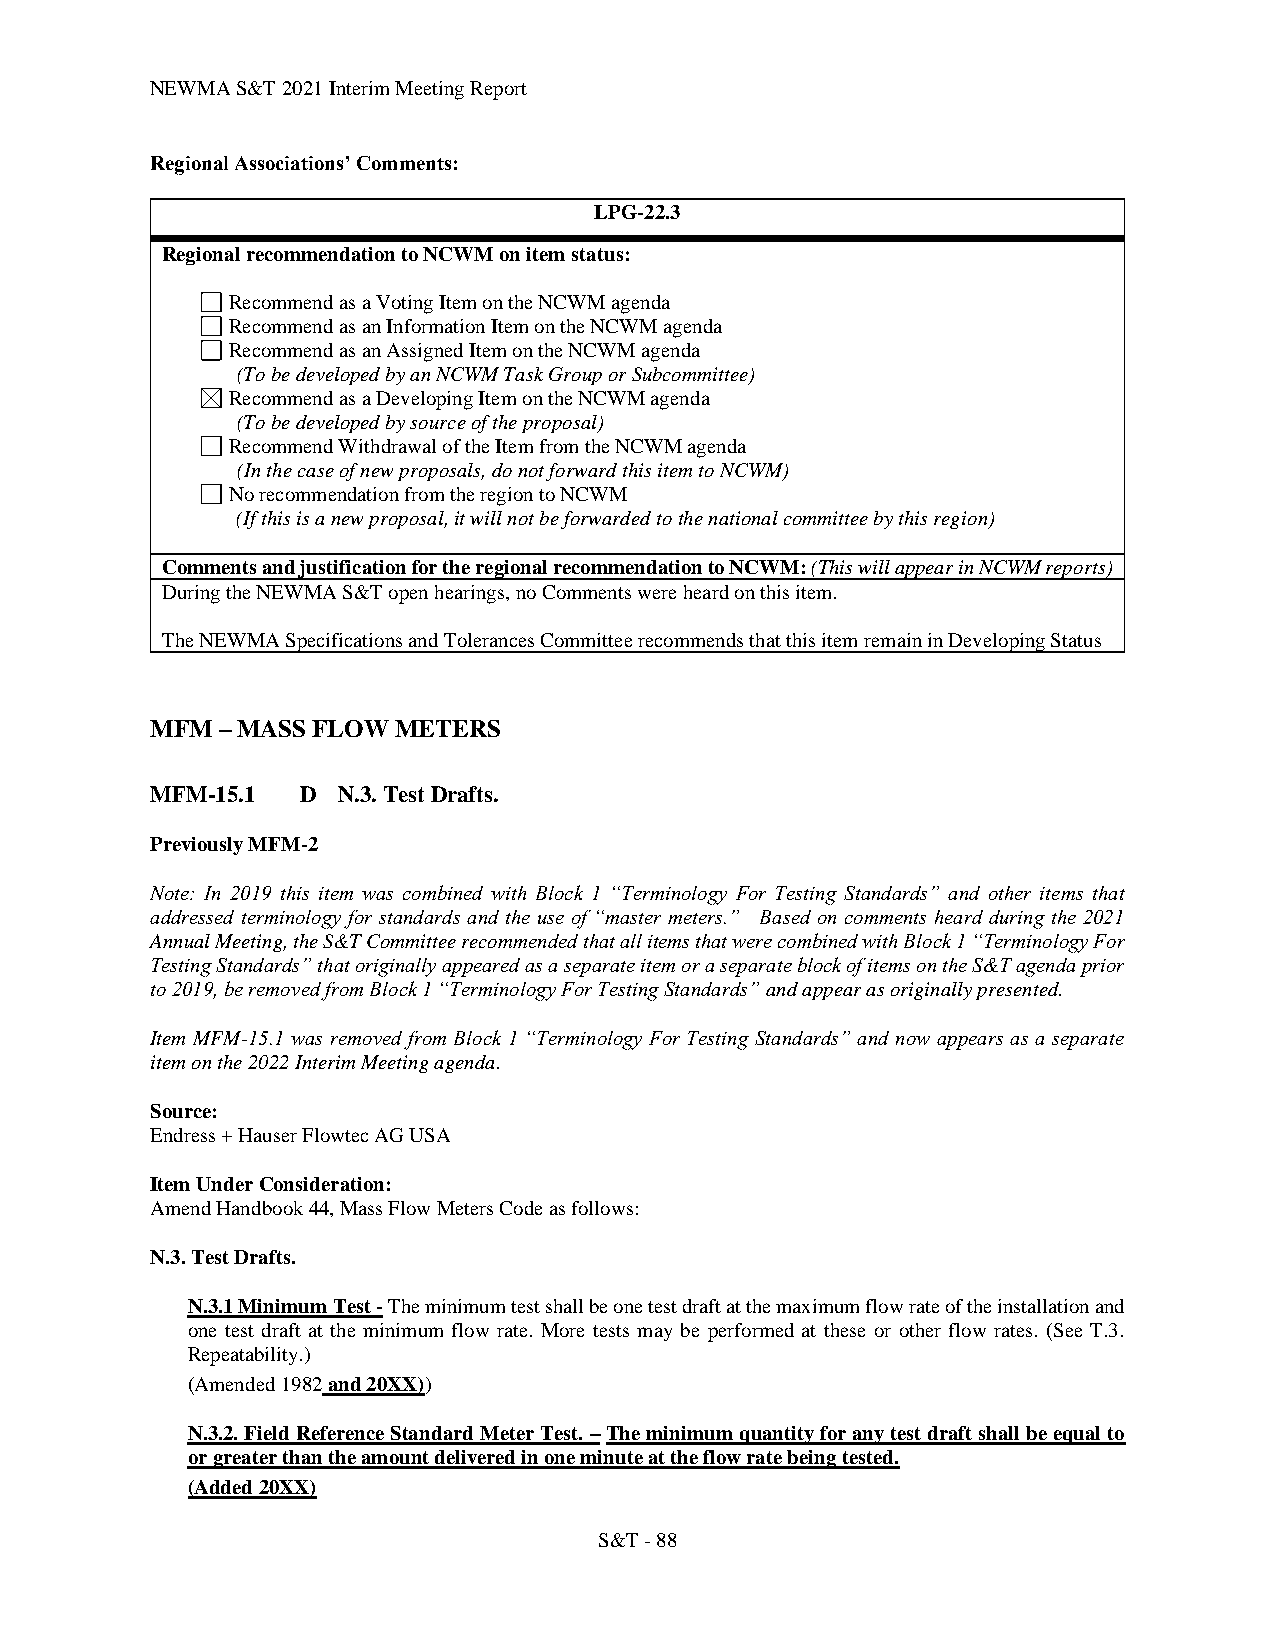
NEWMA S&T 2021 Interim Meeting Report
 Regional Associations’ Comments:
 LPG-22.3
 Regional recommendation to NCWM on item status:
 Recommend as a Voting Item on the NCWM agenda
 Recommend as an Information Item on the NCWM agenda
 Recommend as an Assigned Item on the NCWM agenda
 (To be developed by an NCWM Task Group or Subcommittee)
 Recommend as a Developing Item on the NCWM agenda
 (To be developed by source of the proposal)
 Recommend Withdrawal of the Item from the NCWM agenda
 (In the case of new proposals, do not forward this item to NCWM)
 No recommendation from the region to NCWM
 (If this is a new proposal, it will not be forwarded to the national committee by this region)
 Comments and justification for the regional recommendation to NCWM: (This will appear in NCWM reports)
 During the NEWMA S&T open hearings, no Comments were heard on this item.
 The NEWMA Specifications and Tolerances Committee recommends that this item remain in Developing Status
 MFM – MASS FLOW METERS
 MFM-15.1  D N.3. Test Drafts.
 Previously MFM-2
 Note: In 2019 this item was combined with Block 1 “Terminology For Testing Standards” and other items that
 addressed terminology for standards and the use of “master meters.” Based on comments heard during the 2021
 Annual Meeting, the S&T Committee recommended that all items that were combined with Block 1 “Terminology For
 Testing Standards” that originally appeared as a separate item or a separate block of items on the S&T agenda prior
 to 2019, be removed from Block 1 “Terminology For Testing Standards” and appear as originally presented.
 Item MFM-15.1 was removed from Block 1 “Terminology For Testing Standards” and now appears as a separate
 item on the 2022 Interim Meeting agenda.
 Source:
 Endress + Hauser Flowtec AG USA
 Item Under Consideration:
 Amend Handbook 44, Mass Flow Meters Code as follows:
 N.3. Test Drafts.
 N.3.1 Minimum Test - The minimum test shall be one test draft at the maximum flow rate of the installation and
 one test draft at the minimum flow rate. More tests may be performed at these or other flow rates. (See T.3.
 Repeatability.)
 (Amended 1982 and 20XX))
 N.3.2. Field Reference Standard Meter Test. – The minimum quantity for any test draft shall be equal to
 or greater than the amount delivered in one minute at the flow rate being tested.
 (Added 20XX)
 S&T - 88